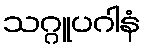
သဂ္ဂူပဂါနံ